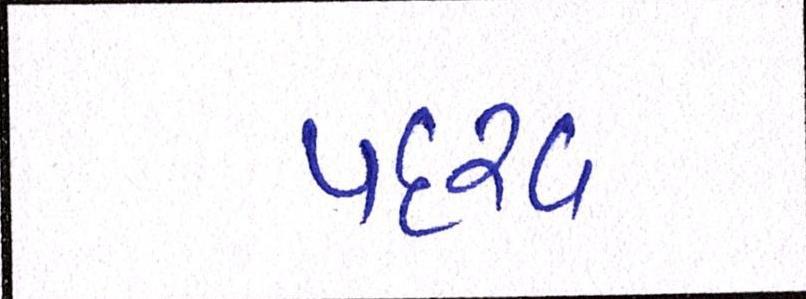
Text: પદરવ